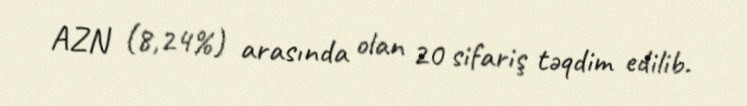
AZN (8,24%) arasında olan 20 sifariş təqdim edilib.